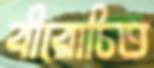
বীরোচিত